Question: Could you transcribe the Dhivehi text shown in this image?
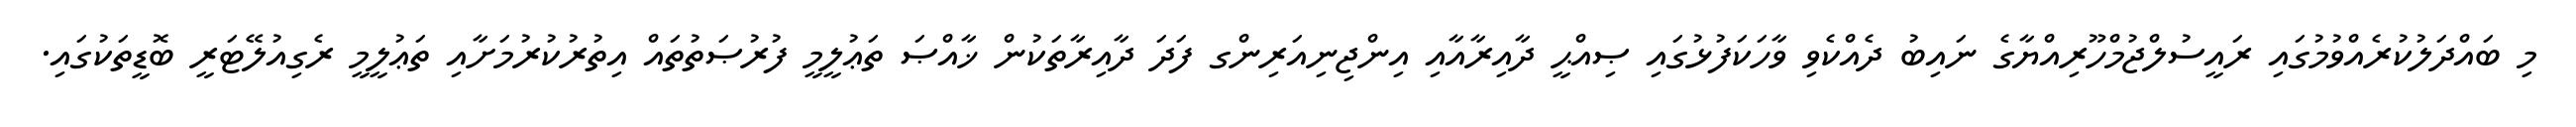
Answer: މި ބައްދަލުކުރެއްވުމުގައި ރައީސުލްޖުމްހޫރިއްޔާގެ ނައިބު ދެއްކެވި ވާހަކަފުޅުގައި ޞިއްޙީ ދާއިރާއާއި އިންޖިނިއަރިންގ ފަދަ ދާއިރާތަކުން ޚާއްޞަ ތަޢުލީމީ ފުރުޞަތުތައް އިތުރުކުރުމަށާއި ތަޢުލީމީ ރެގިއުލޭޓަރީ ބޮޑީތަކުގައި.